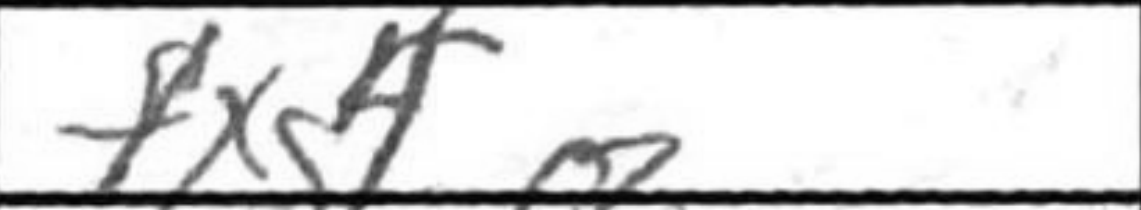
Transcription: fxg4